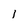
Character: 1